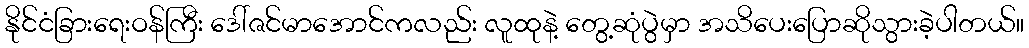
နိုင်ငံခြားရေးဝန်ကြီး ဒေါ်ဇင်မာအောင်ကလည်း လူထုနဲ့ တွေ့ဆုံပွဲမှာ အသိပေးပြောဆိုသွားခဲ့ပါတယ်။